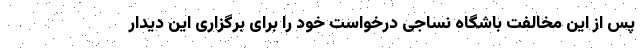
پس از این مخالفت باشگاه نساجی درخواست خود را برای برگزاری این دیدار